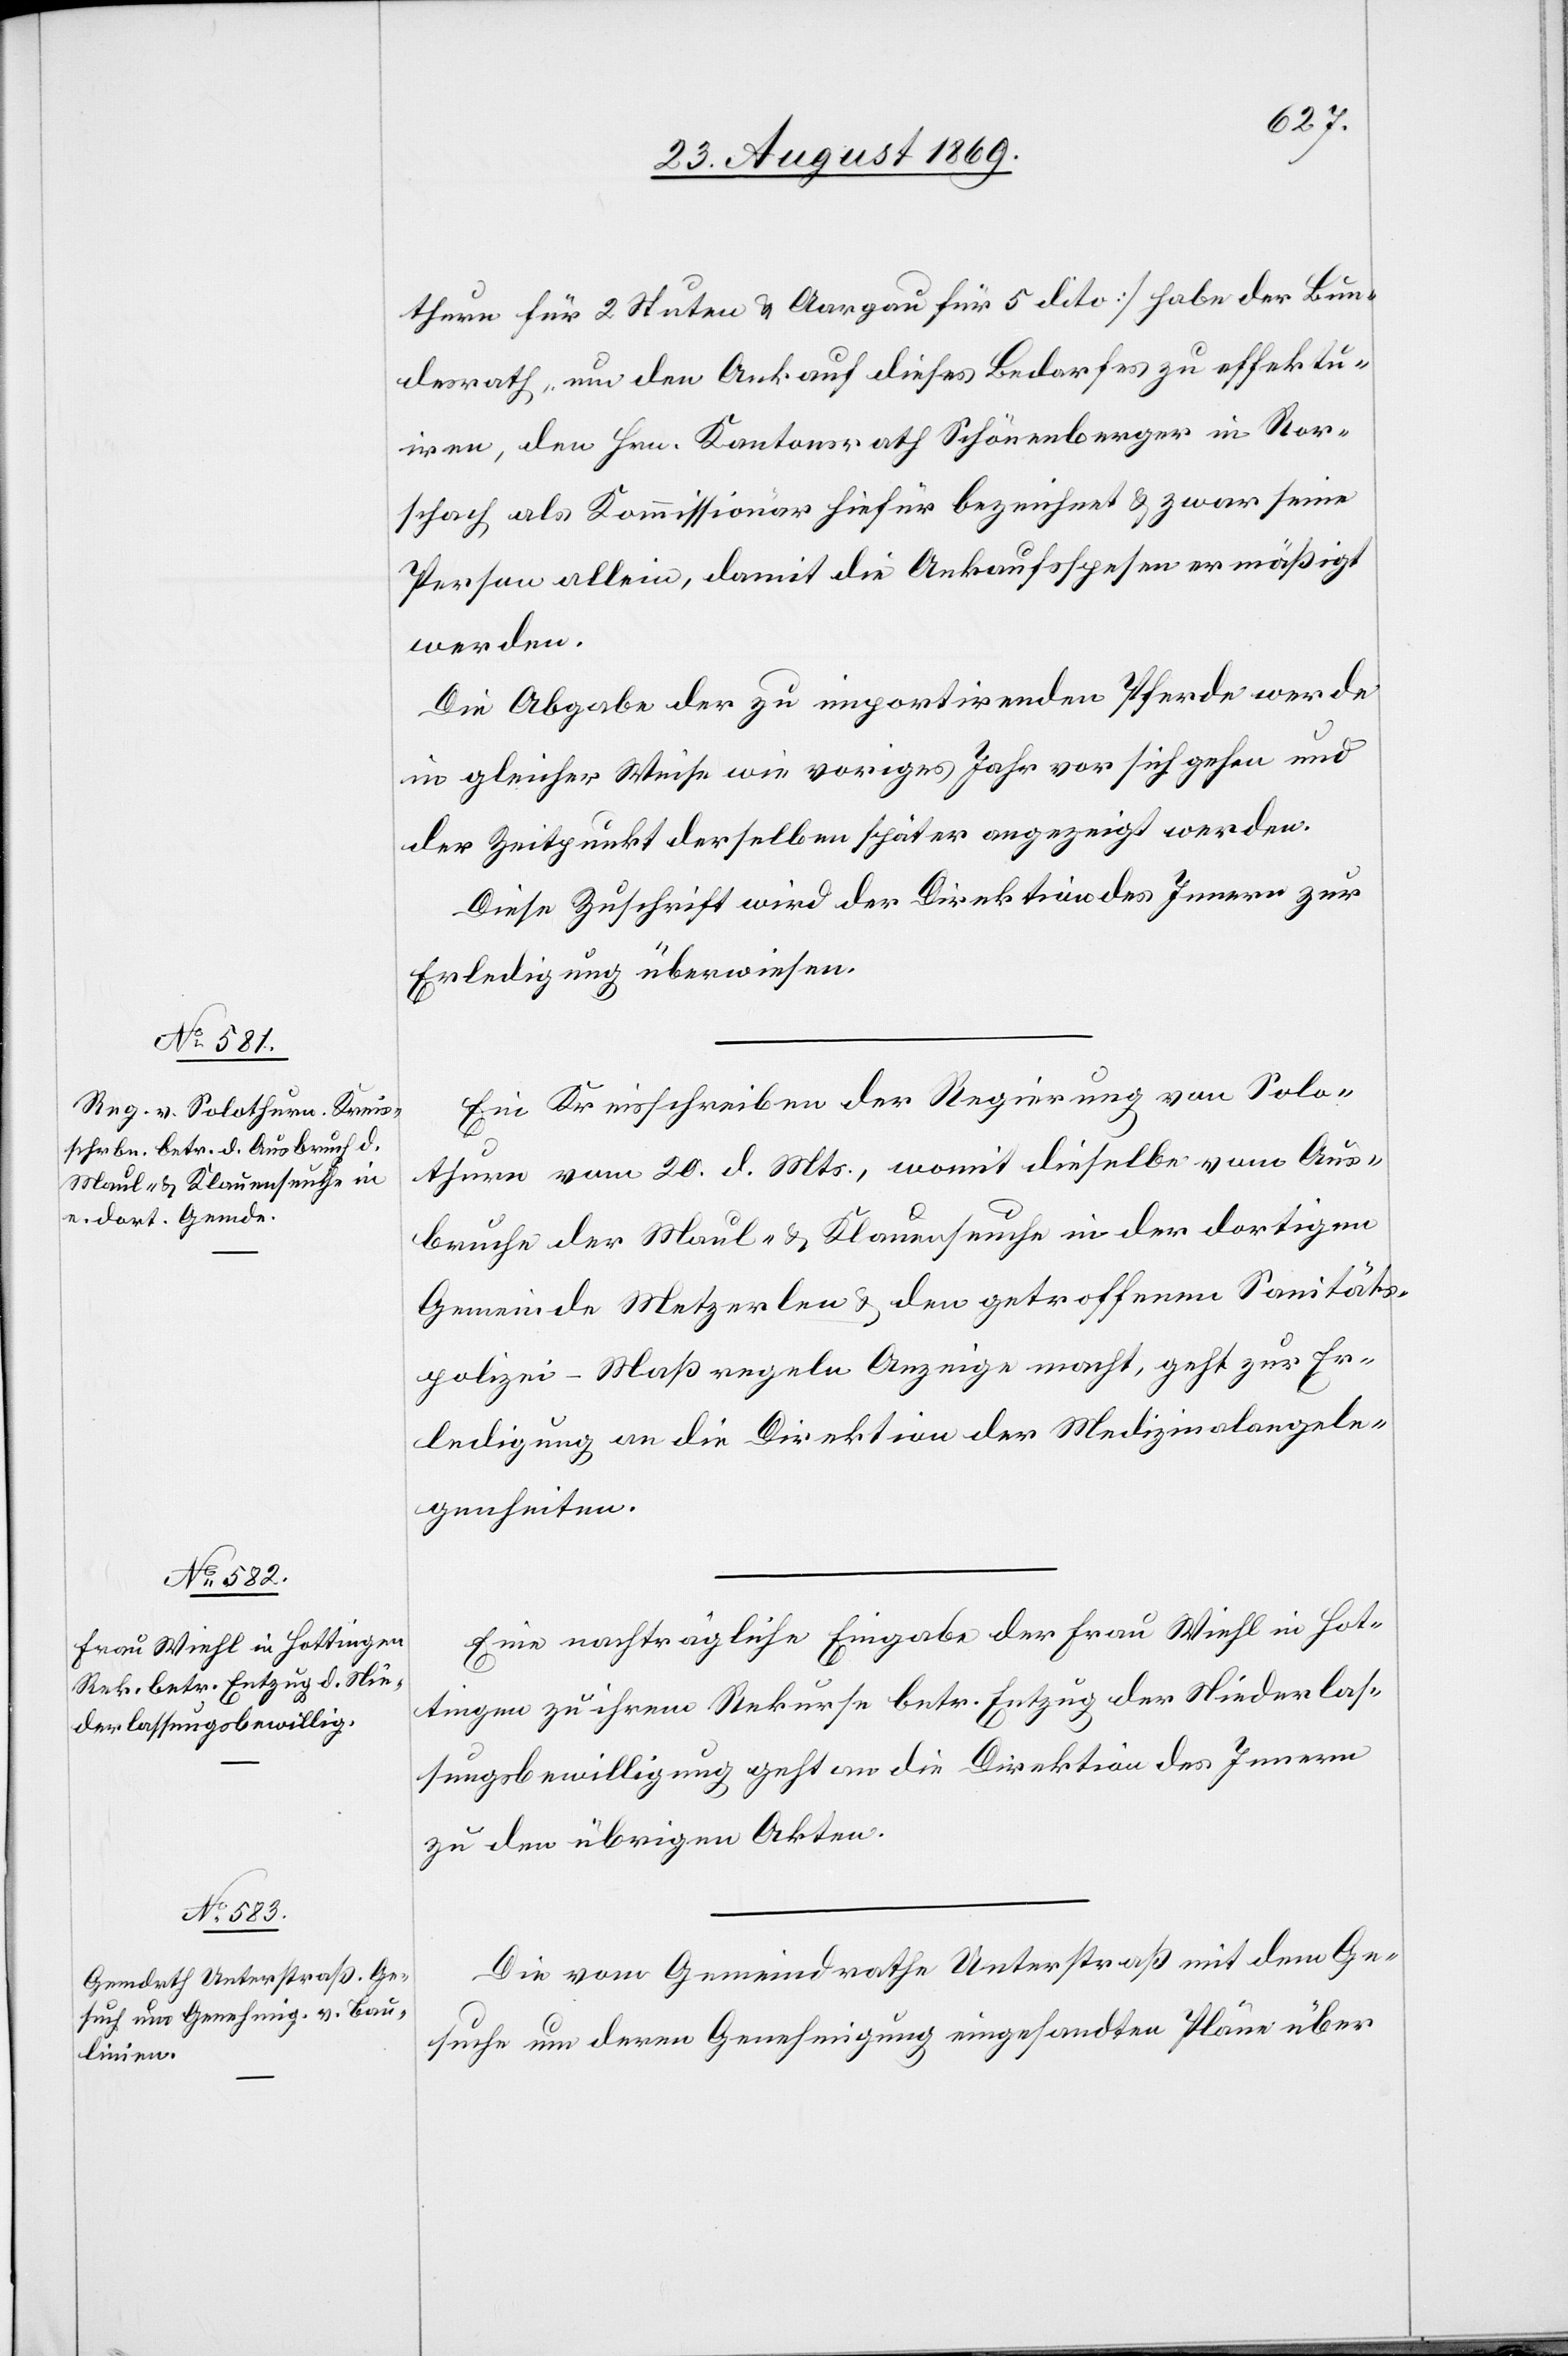
23. August 1869.]
thurn für 2 Stuten & Aargau für 5 dito] habe der Bun¬
desrath, um den Ankauf dieses Bedarfes zu effektu¬
iren, den Hrn. Kantonsrath Schönenberger in Ror¬
schach als Kommissionär hiefür bezeichnet & zwar seine
Person allein, damit die Ankaufsspesen ermäßigt
werden.
Die Abgabe der zu importirenden Pferde werde
in gleicher Weise wie voriges Jahr vor sich gehen und
der Zeitpunkt derselben später angezeigt werden.
Diese Zuschrift wird der Direktion des Innern zur
Erledigung überweisen.
Ein Kreisschreiben der Regierung von Solo¬
thurn vom 20. d. Mts., womit dieselbe vom Aus¬
bruche der Maul- & Klauenseuche in der dortigen
Gemeinde Metzerlen & den getroffenen Sanitäts¬
polizei–Maßregeln Anzeige macht, geht zur Er¬
ledigung an die Direktion der Medizinalangele¬
genheiten.
Eine nachträgliche Eingabe der Frau Wiehl in Hot¬
tingen zu ihrem Rekurse betr. Entzug der Niederlas¬
sungsbewilligung geht an die Direktion des Innern
zu den übrigen Akten.
Die vom Gemeindrathe Unterstraß mit dem Ge¬
suche um deren Genehmigung eingesandten Pläne über